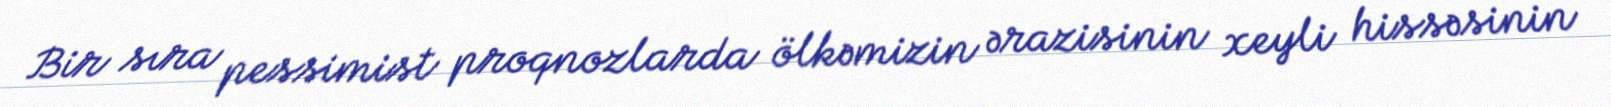
Bir sıra pessimist proqnozlarda ölkəmizin ərazisinin xeyli hissəsinin